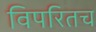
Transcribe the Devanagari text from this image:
विपरितच